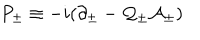
LaTeX: P _ { \pm } \equiv - i ( \partial _ { \pm } - \mathcal { Q } _ { \pm } \mathcal { A } _ { \pm } )